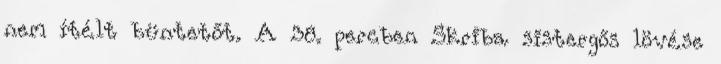
nem ítélt büntetőt. A 38. percben Skriba sistergős lövése